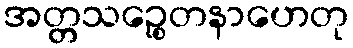
အတ္တသဉ္စေတနာဟေတု